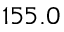
1 5 5 . 0